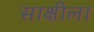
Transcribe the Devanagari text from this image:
साक्षीला